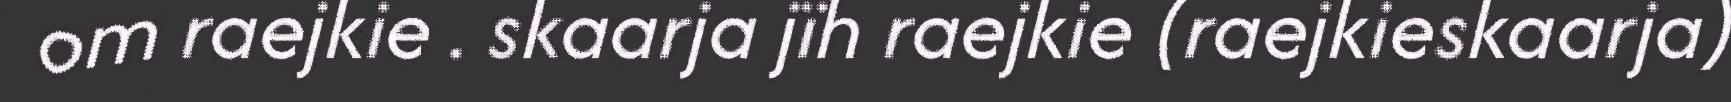
om raejkie . skaarja jïh raejkie (raejkieskaarja)